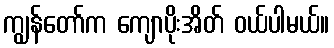
ကျွန်တော်က ကျောပိုးအိတ် ဝယ်ပါမယ်။